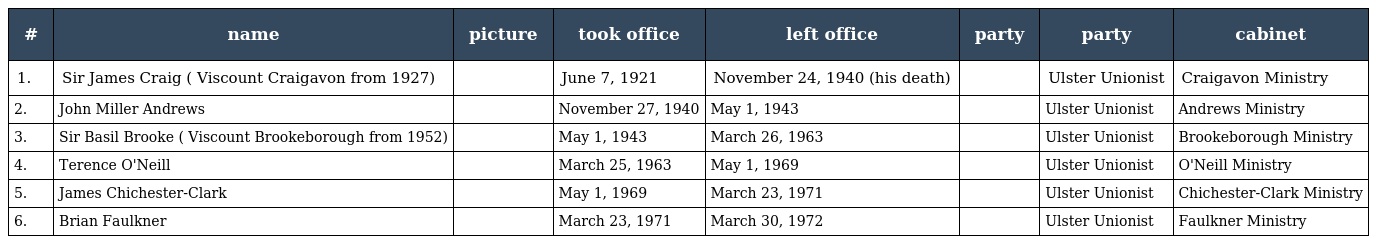
| # | name | picture | took office | left office | party | party | cabinet |
 | --- | --- | --- | --- | --- | --- | --- | --- |
 | 1. | Sir James Craig ( Viscount Craigavon from 1927) |  | June 7, 1921 | November 24, 1940 (his death) |  | Ulster Unionist | Craigavon Ministry |
 | 2. | John Miller Andrews |  | November 27, 1940 | May 1, 1943 |  | Ulster Unionist | Andrews Ministry |
 | 3. | Sir Basil Brooke ( Viscount Brookeborough from 1952) |  | May 1, 1943 | March 26, 1963 |  | Ulster Unionist | Brookeborough Ministry |
 | 4. | Terence O'Neill |  | March 25, 1963 | May 1, 1969 |  | Ulster Unionist | O'Neill Ministry |
 | 5. | James Chichester-Clark |  | May 1, 1969 | March 23, 1971 |  | Ulster Unionist | Chichester-Clark Ministry |
 | 6. | Brian Faulkner |  | March 23, 1971 | March 30, 1972 |  | Ulster Unionist | Faulkner Ministry |